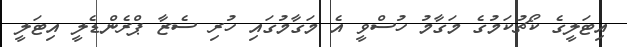
އިޓަލީގެ ކޯޗުކަމުގެ މަގާމު ހުސްވީ އެ މަގާމުގައި ހުރި ސެޒާ ޕްރެންޑެލީ އިޓަލީ